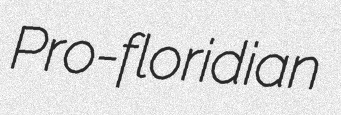
Pro-floridian